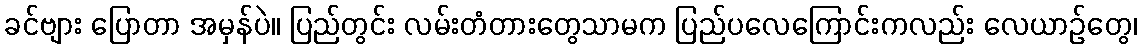
ခင်ဗျား ပြောတာ အမှန်ပဲ။ ပြည်တွင်း လမ်းတံတားတွေသာမက ပြည်ပလေကြောင်းကလည်း လေယာဉ်တွေ၊